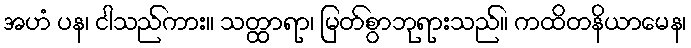
အဟံ ပန၊ ငါသည်ကား။ သတ္ထာရာ၊ မြတ်စွာဘုရားသည်။ ကထိတနိယာမေန၊